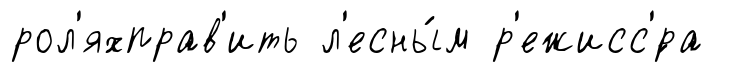
рол'яхправ'ить л'есны́м р'ежисс'́ра